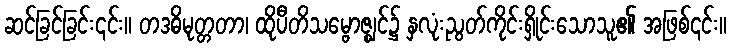
ဆင်ခြင်ခြင်း၎င်း။ တဒဓိမုတ္တတာ၊ ထိုပီတိသမ္ဗောဇ္ဈင်၌ နှလုံးညွတ်ကိုင်းရှိုင်းသောသူ၏ အဖြစ်၎င်း။